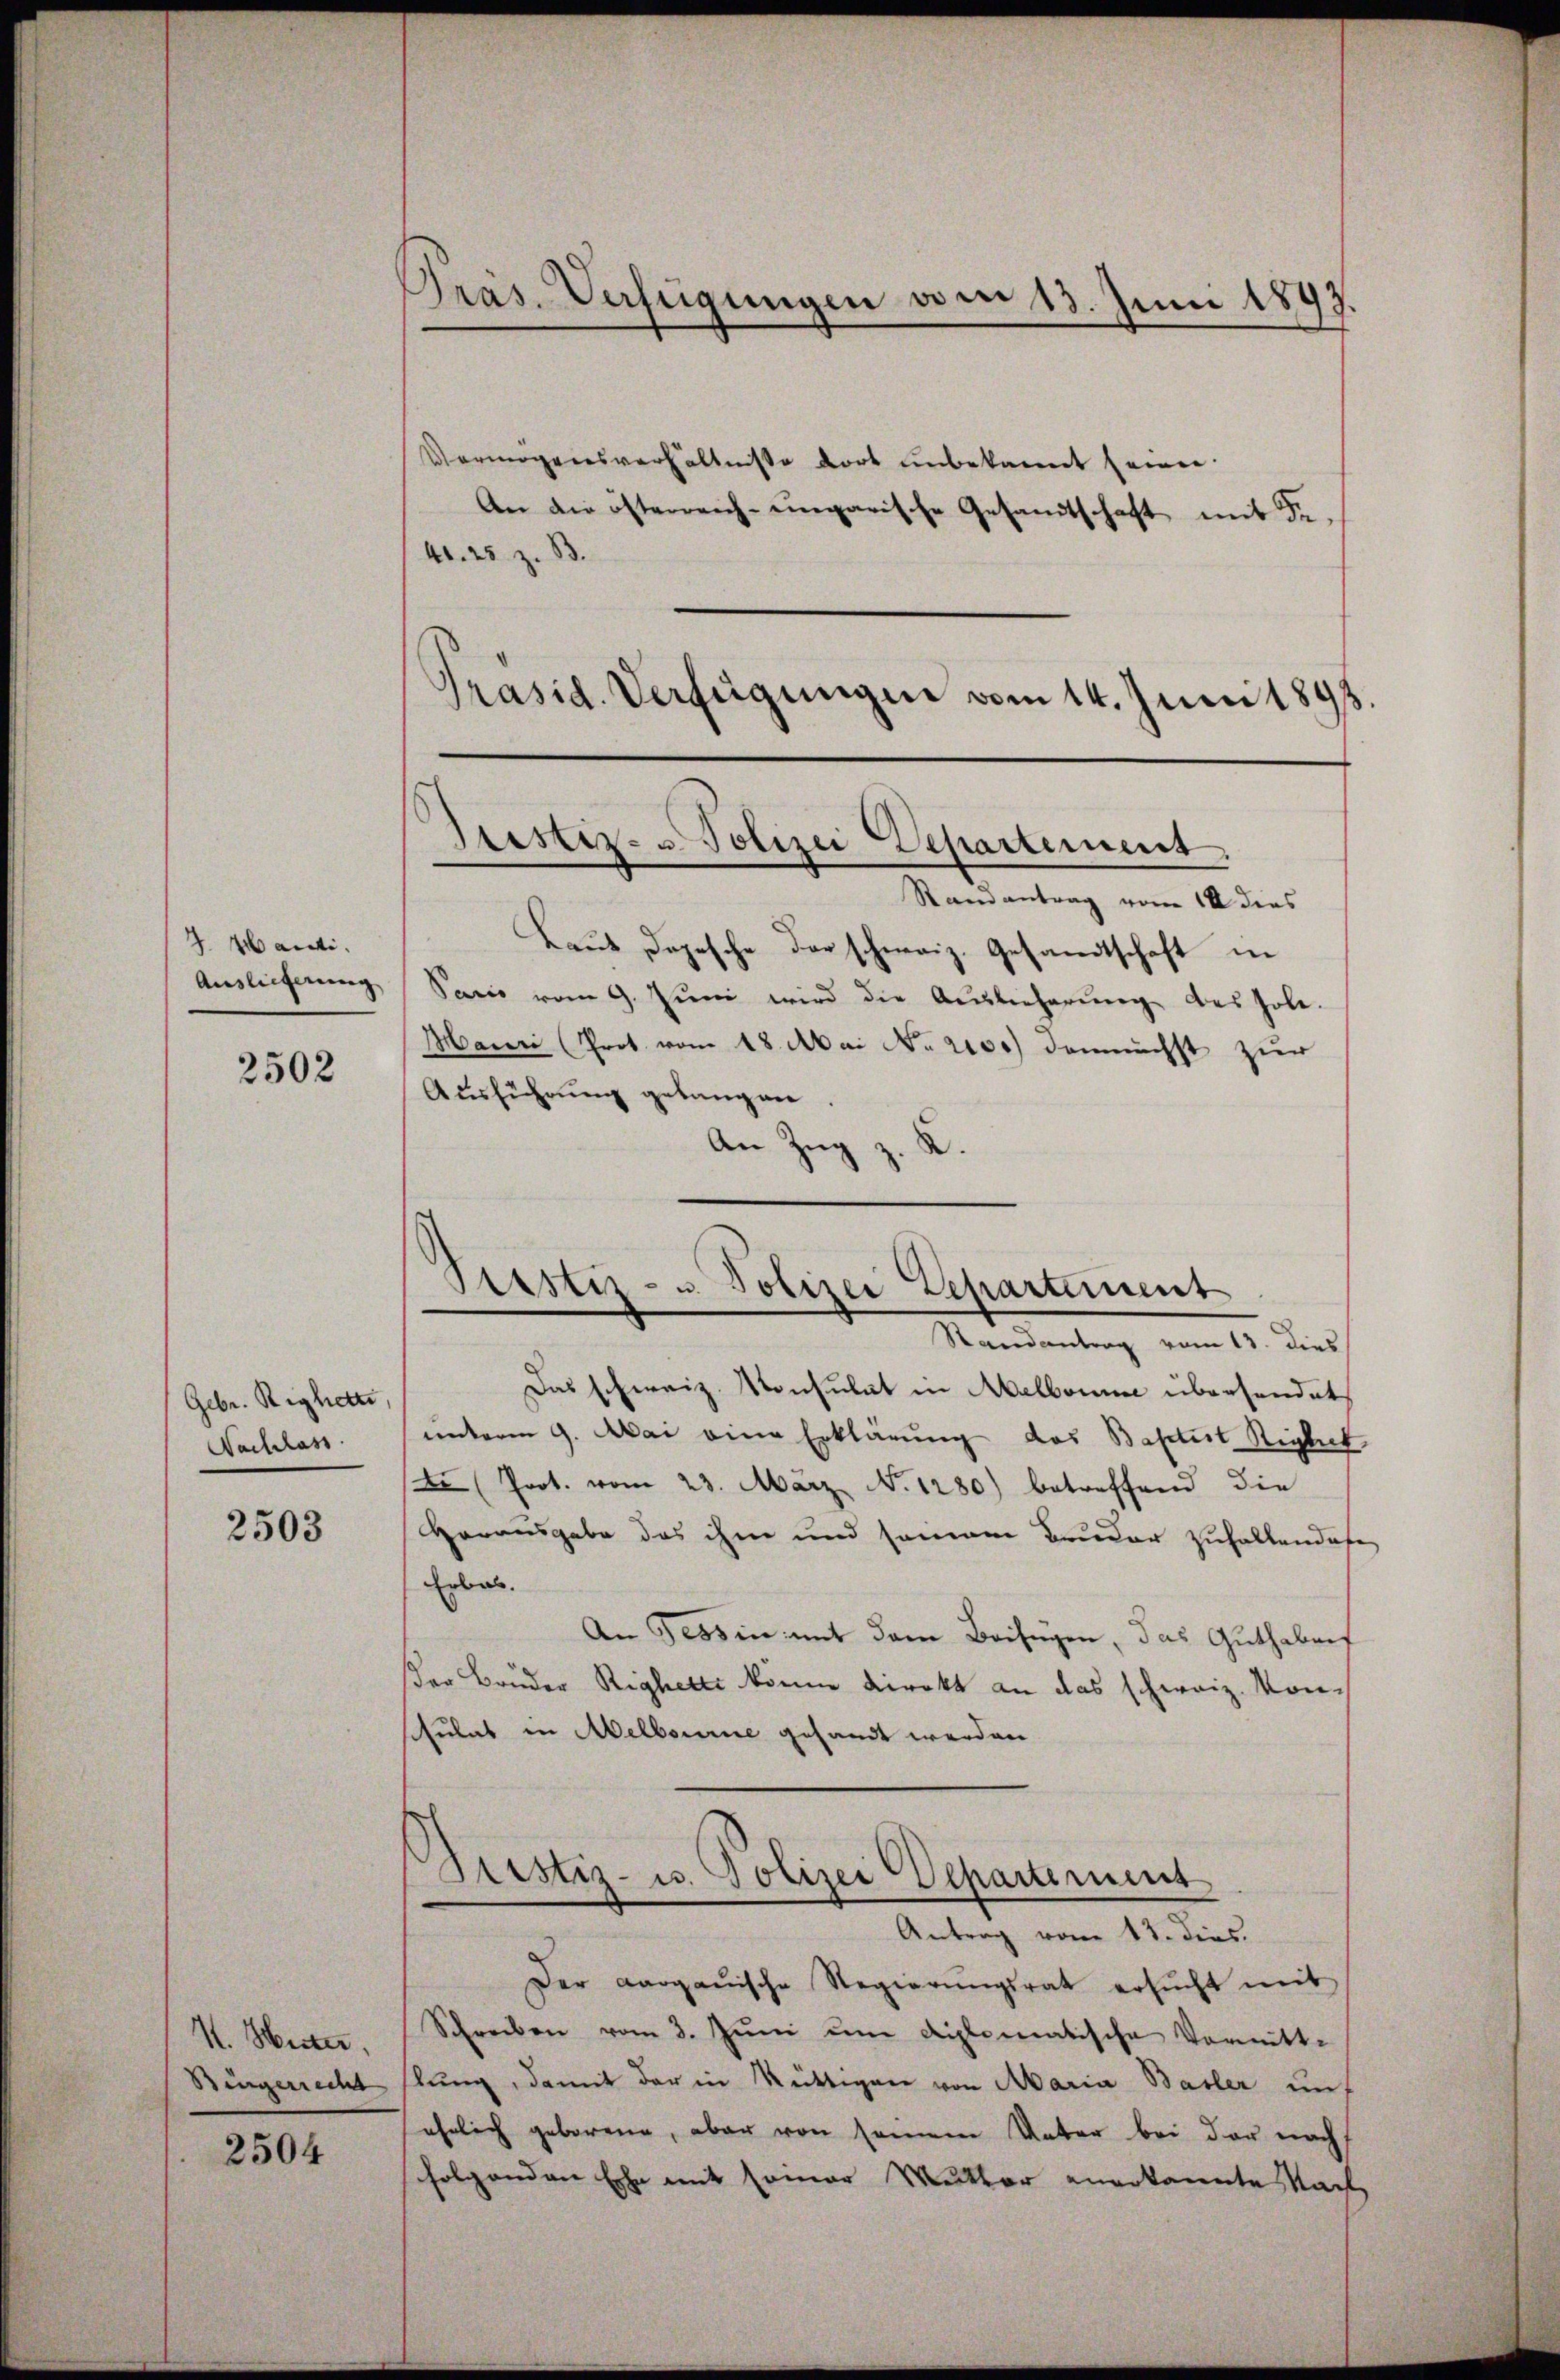
4. Marti.
Auslieferung

2502

Gebr. Righette
Sachlass

2503

V. Seiter,
Bingerrecht

2504

Präs. Verfügungen vom 13. Juni 1897.

Vermögensverhältnisse dort unbekannt seinen.
An die österreich-ungarische Gesandtschaft mit Fe¬
41. 25. z. B.
Präsid. Verfügungen vom 14. Juni 1893.

Randantrag vom 18 dies
Laŭt Depesche der schweiz. Gesandtschaft in
Sario vom 9. Jŭni wird die Auslieferŭng des hole.
Manni (Prot. vom 18. Mai No 2100) demnächst zur
Ausführung gelangen.
An Zug z. K

Justiz- u. Polizei Departement.

Ptestiz- u. Polizei Departement
Randantrag vom 13. dies

Das schweiz. Konsulat in Melbonne übersendet,
unterm 9. Mai eine Erklärung des Baptist Riglich
tr (Prot. vom 23. März No 1280) betreffend die
Horausgabe das ihm und seinem Bruder zufallendase
Erbab.
An Tessin mit dem Beifügen, das Guthabenf
ser Brüder Righette könne direkt an das schweiz. Von
sulat in Melbourne gesandt werden
Pristiz- u. Polizei Departement

Antrag vom 13. dies.

Der Aargauische Regierŭngsrat ersŭcht mit
Schreiben vom 3. Juni um diplomatische Vormitte
hlŭng, damit der in Rüttigen von Maria Basler unt
ehelich geborene, aber von seinem Unter bei der nach
folgenden Ehe mit seiner Mutter anerkannte Nach